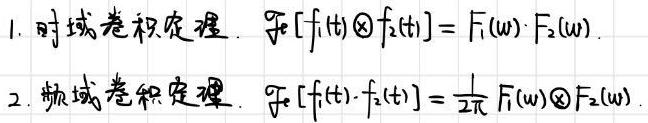
1. 时域卷积定理. $\mathcal{F}[f_1(t)\otimes f_2(t)] = F_1(\omega)\cdot F_2(\omega)$.
2. 频域卷积定理. $\mathcal{F}[f_1(t)\cdot f_2(t)] = \frac{1}{2\pi}F_1(\omega)\otimes F_2(\omega)$.